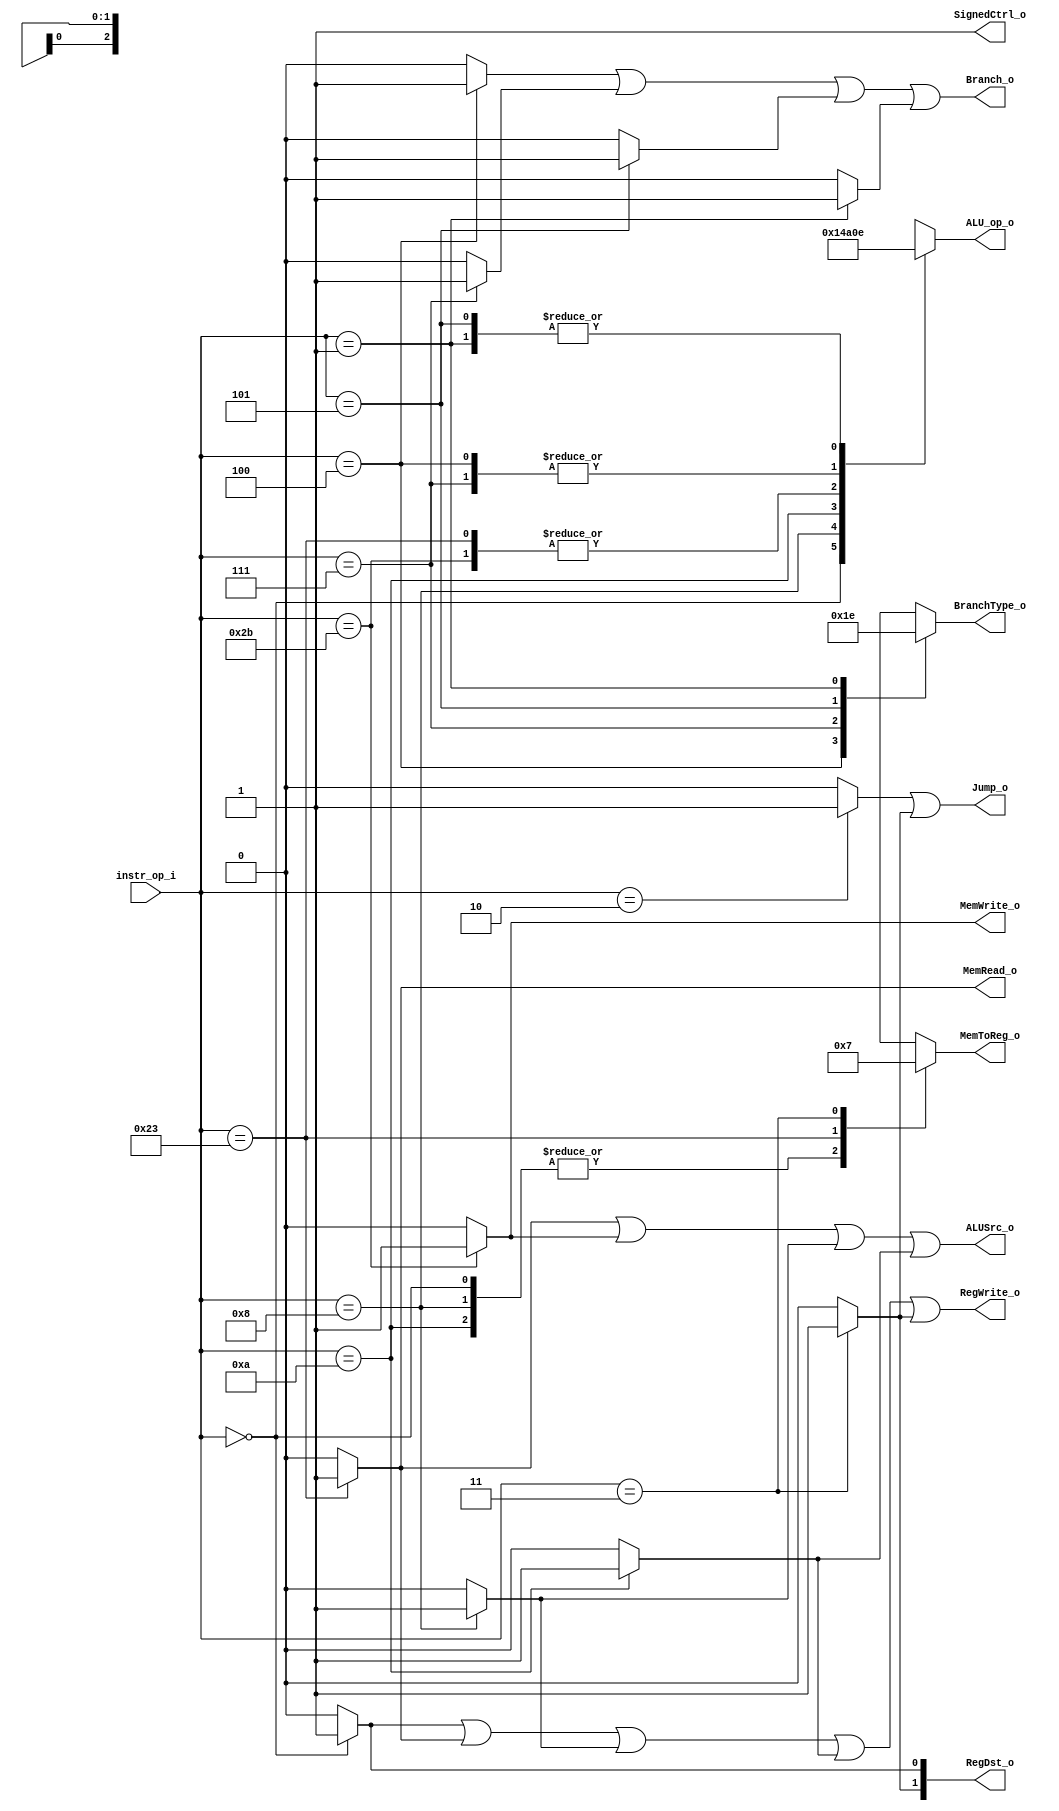
//Subject:     CO project 3 - Decoder
//--------------------------------------------------------------------------------
//Version:     2
//--------------------------------------------------------------------------------
//Writer:      0116055 Huang Szuyi
//----------------------------------------------
//----------------------------------------------
//Description:
//--------------------------------------------------------------------------------

module Decoder(
  instr_op_i,
  RegDst_o,
  SignedCtrl_o,
  RegWrite_o,
  ALUSrc_o,
  ALU_op_o,
  MemWrite_o,
  MemRead_o,
  Jump_o,
  MemToReg_o,
  Branch_o,
  BranchType_o
	);

//I/O ports
input  [6-1:0] instr_op_i;

output [2-1:0] RegDst_o;
output         SignedCtrl_o;
output         RegWrite_o;
output         ALUSrc_o;
output [3-1:0] ALU_op_o;
output         MemWrite_o;
output         MemRead_o;
output         Jump_o;
output [2-1:0] MemToReg_o;
output         Branch_o;
output [2-1:0] BranchType_o;

//Internal Signals
reg    [3-1:0] ALU_op_o;
reg    [2-1:0] MemToReg_o;
reg    [2-1:0] BranchType_o;

reg            R_format;
reg            beq;
reg            addi;
reg            slti;
reg            lw;
reg            sw;
reg            jump;
reg            jal;
reg            bgt;
reg            bnez;
reg            bgez;

//Parameter
parameter      R_type      = 6'b000000;
parameter      BEQ         = 6'b000100;
parameter      ADDi        = 6'b001000;
parameter      SLTi        = 6'b001010;
parameter      LW          = 6'b100011;
parameter      SW          = 6'b101011;
parameter      JUMP        = 6'b000010;
parameter      JAL         = 6'b000011;
parameter      BGT         = 6'b000111;
parameter      BNEZ        = 6'b000101;
parameter      BGEZ        = 6'b000001;

//Main function
always @(*) begin
  R_format = (instr_op_i == R_type) ? 1 : 0;
  beq      = (instr_op_i == BEQ)    ? 1 : 0;
  addi     = (instr_op_i == ADDi)   ? 1 : 0;
  slti     = (instr_op_i == SLTi)   ? 1 : 0;
  lw       = (instr_op_i == LW)     ? 1 : 0;
  sw       = (instr_op_i == SW)     ? 1 : 0;
  jump     = (instr_op_i == JUMP)   ? 1 : 0;
  jal      = (instr_op_i == JAL)    ? 1 : 0;
  bgt      = (instr_op_i == BGT)    ? 1 : 0;
  bnez     = (instr_op_i == BNEZ)   ? 1 : 0;
  bgez     = (instr_op_i == BGEZ)   ? 1 : 0;
end

assign RegDst_o[0]   = R_format;
assign RegDst_o[1]   = jal;
assign SignedCtrl_o  = 1'b1;
assign RegWrite_o    = R_format | lw | addi | slti | jal;
assign ALUSrc_o      = lw | sw | addi | slti;
assign MemWrite_o    = sw;
assign MemRead_o     = lw;
assign Jump_o        = jump | jal;
assign Branch_o      = beq | bgt | bnez | bgez;

always @(*) begin
  case(instr_op_i)
    R_type:  ALU_op_o = 3'b010;
    BEQ:     ALU_op_o = 3'b001;
    ADDi:    ALU_op_o = 3'b100;
    SLTi:    ALU_op_o = 3'b101;
    LW:      ALU_op_o = 3'b000;
    SW:      ALU_op_o = 3'b000;
    BGT:     ALU_op_o = 3'b001;
    BNEZ:    ALU_op_o = 3'b110;
    BGEZ:    ALU_op_o = 3'b110;
    default: ALU_op_o = 3'bxxx;
  endcase
end

always @(*) begin
  case(instr_op_i)
    R_type:  MemToReg_o = 2'b00;
    ADDi:    MemToReg_o = 2'b00;
    SLTi:    MemToReg_o = 2'b00;
    LW:      MemToReg_o = 2'b01;
    JAL:     MemToReg_o = 2'b11;
    default: MemToReg_o = 2'bxx;
  endcase
end

always @(*) begin
  case(instr_op_i)
    BEQ:     BranchType_o = 2'b00;
    BGT:     BranchType_o = 2'b01;
    BNEZ:    BranchType_o = 2'b11;
    BGEZ:    BranchType_o = 2'b10;
    default: BranchType_o = 2'bxx;
  endcase
end

endmodule